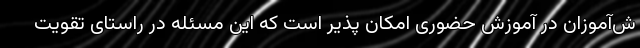
ش‌آموزان در آموزش حضوری امکان پذیر است که این مسئله در راستای تقویت